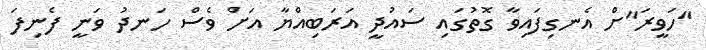
"ހަވީރަ"ށް އެނގިފައިވާ ގޮތުގައި ސައުދީ އަރަބިއްޔާ އަށް ވެސް ހަނދު ވަނީ ފެނިފަ